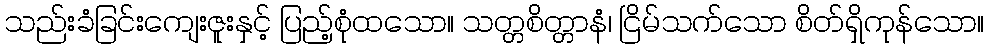
သည်းခံခြင်းကျေးဇူးနှင့် ပြည့်စုံထသော။ သတ္တစိတ္တာနံ၊ ငြိမ်သက်သော စိတ်ရှိကုန်သော။